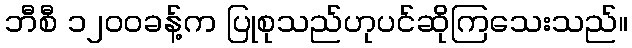
ဘီစီ ၁၂၀၀ခန့်က ပြုစုသည်ဟုပင်ဆိုကြသေးသည်။